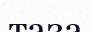
таза